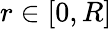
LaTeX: r\in[0,R]